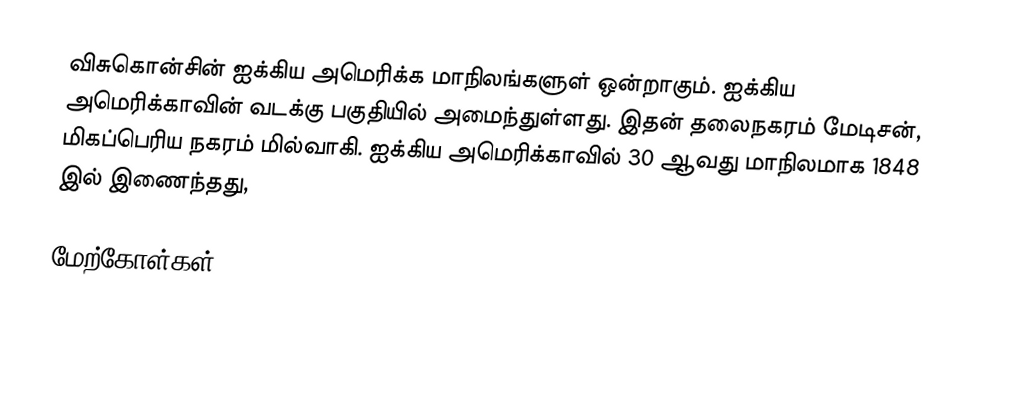
விசுகொன்சின் ஐக்கிய அமெரிக்க மாநிலங்களுள் ஒன்றாகும். ஐக்கிய அமெரிக்காவின் வடக்கு பகுதியில் அமைந்துள்ளது. இதன் தலைநகரம் மேடிசன், மிகப்பெரிய நகரம் மில்வாகி. ஐக்கிய அமெரிக்காவில் 30 ஆவது மாநிலமாக 1848 இல் இணைந்தது,

மேற்கோள்கள்